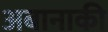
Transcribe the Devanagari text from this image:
अबानाकी